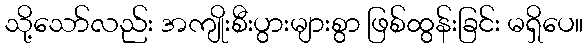
သို့သော်လည်း အကျိုးစီးပွားများစွာ ဖြစ်ထွန်းခြင်း မရှိပေ။